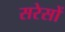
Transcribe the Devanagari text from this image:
सरेसों